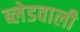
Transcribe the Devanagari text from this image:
ब्लेडवाली